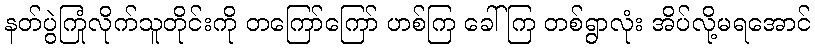
နတ်ပွဲကြုံလိုက်သူတိုင်းကို တကြော်ကြော် ဟစ်ကြ ခေါ်ကြ တစ်ရွာလုံး အိပ်လို့မရအောင်